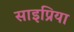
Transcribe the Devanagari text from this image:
साइप्रिया